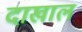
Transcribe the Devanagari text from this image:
दाखाल